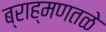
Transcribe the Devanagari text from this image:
ब्राह्मणतळे